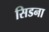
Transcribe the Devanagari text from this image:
सिडना